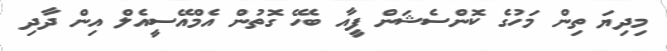
މިދިޔަ ތިން މަހުގެ ކޮންސެޝަން ފީއާ ބެހޭ ގޮތުން އެމްއޭސީއެލް އިން ދާދި